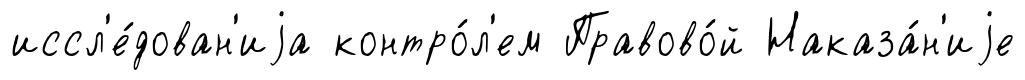
иссл'е́дован'иjа контро́л'ем Правово́й Наказа́н'иjе